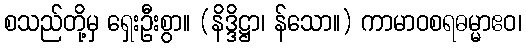
စသည်တို့မှ ရှေးဦးစွာ။ (နိဒ္ဒိဋ္ဌာ၊ န်သော။) ကာမာဝစရဓမ္မာဧဝ၊